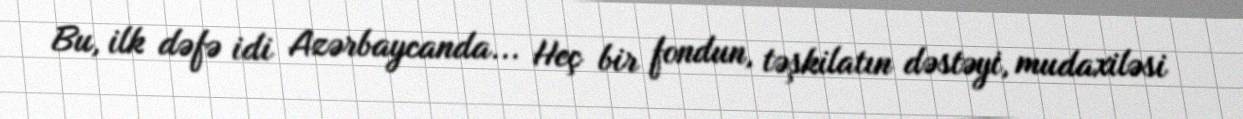
Bu, ilk dəfə idi Azərbaycanda... Heç bir fondun, təşkilatın dəstəyi, mudaxiləsi